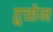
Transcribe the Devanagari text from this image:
तुच्छेन